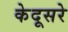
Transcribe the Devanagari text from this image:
केदूसरे